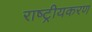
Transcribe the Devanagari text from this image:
राष्‍ट्रीयकरण